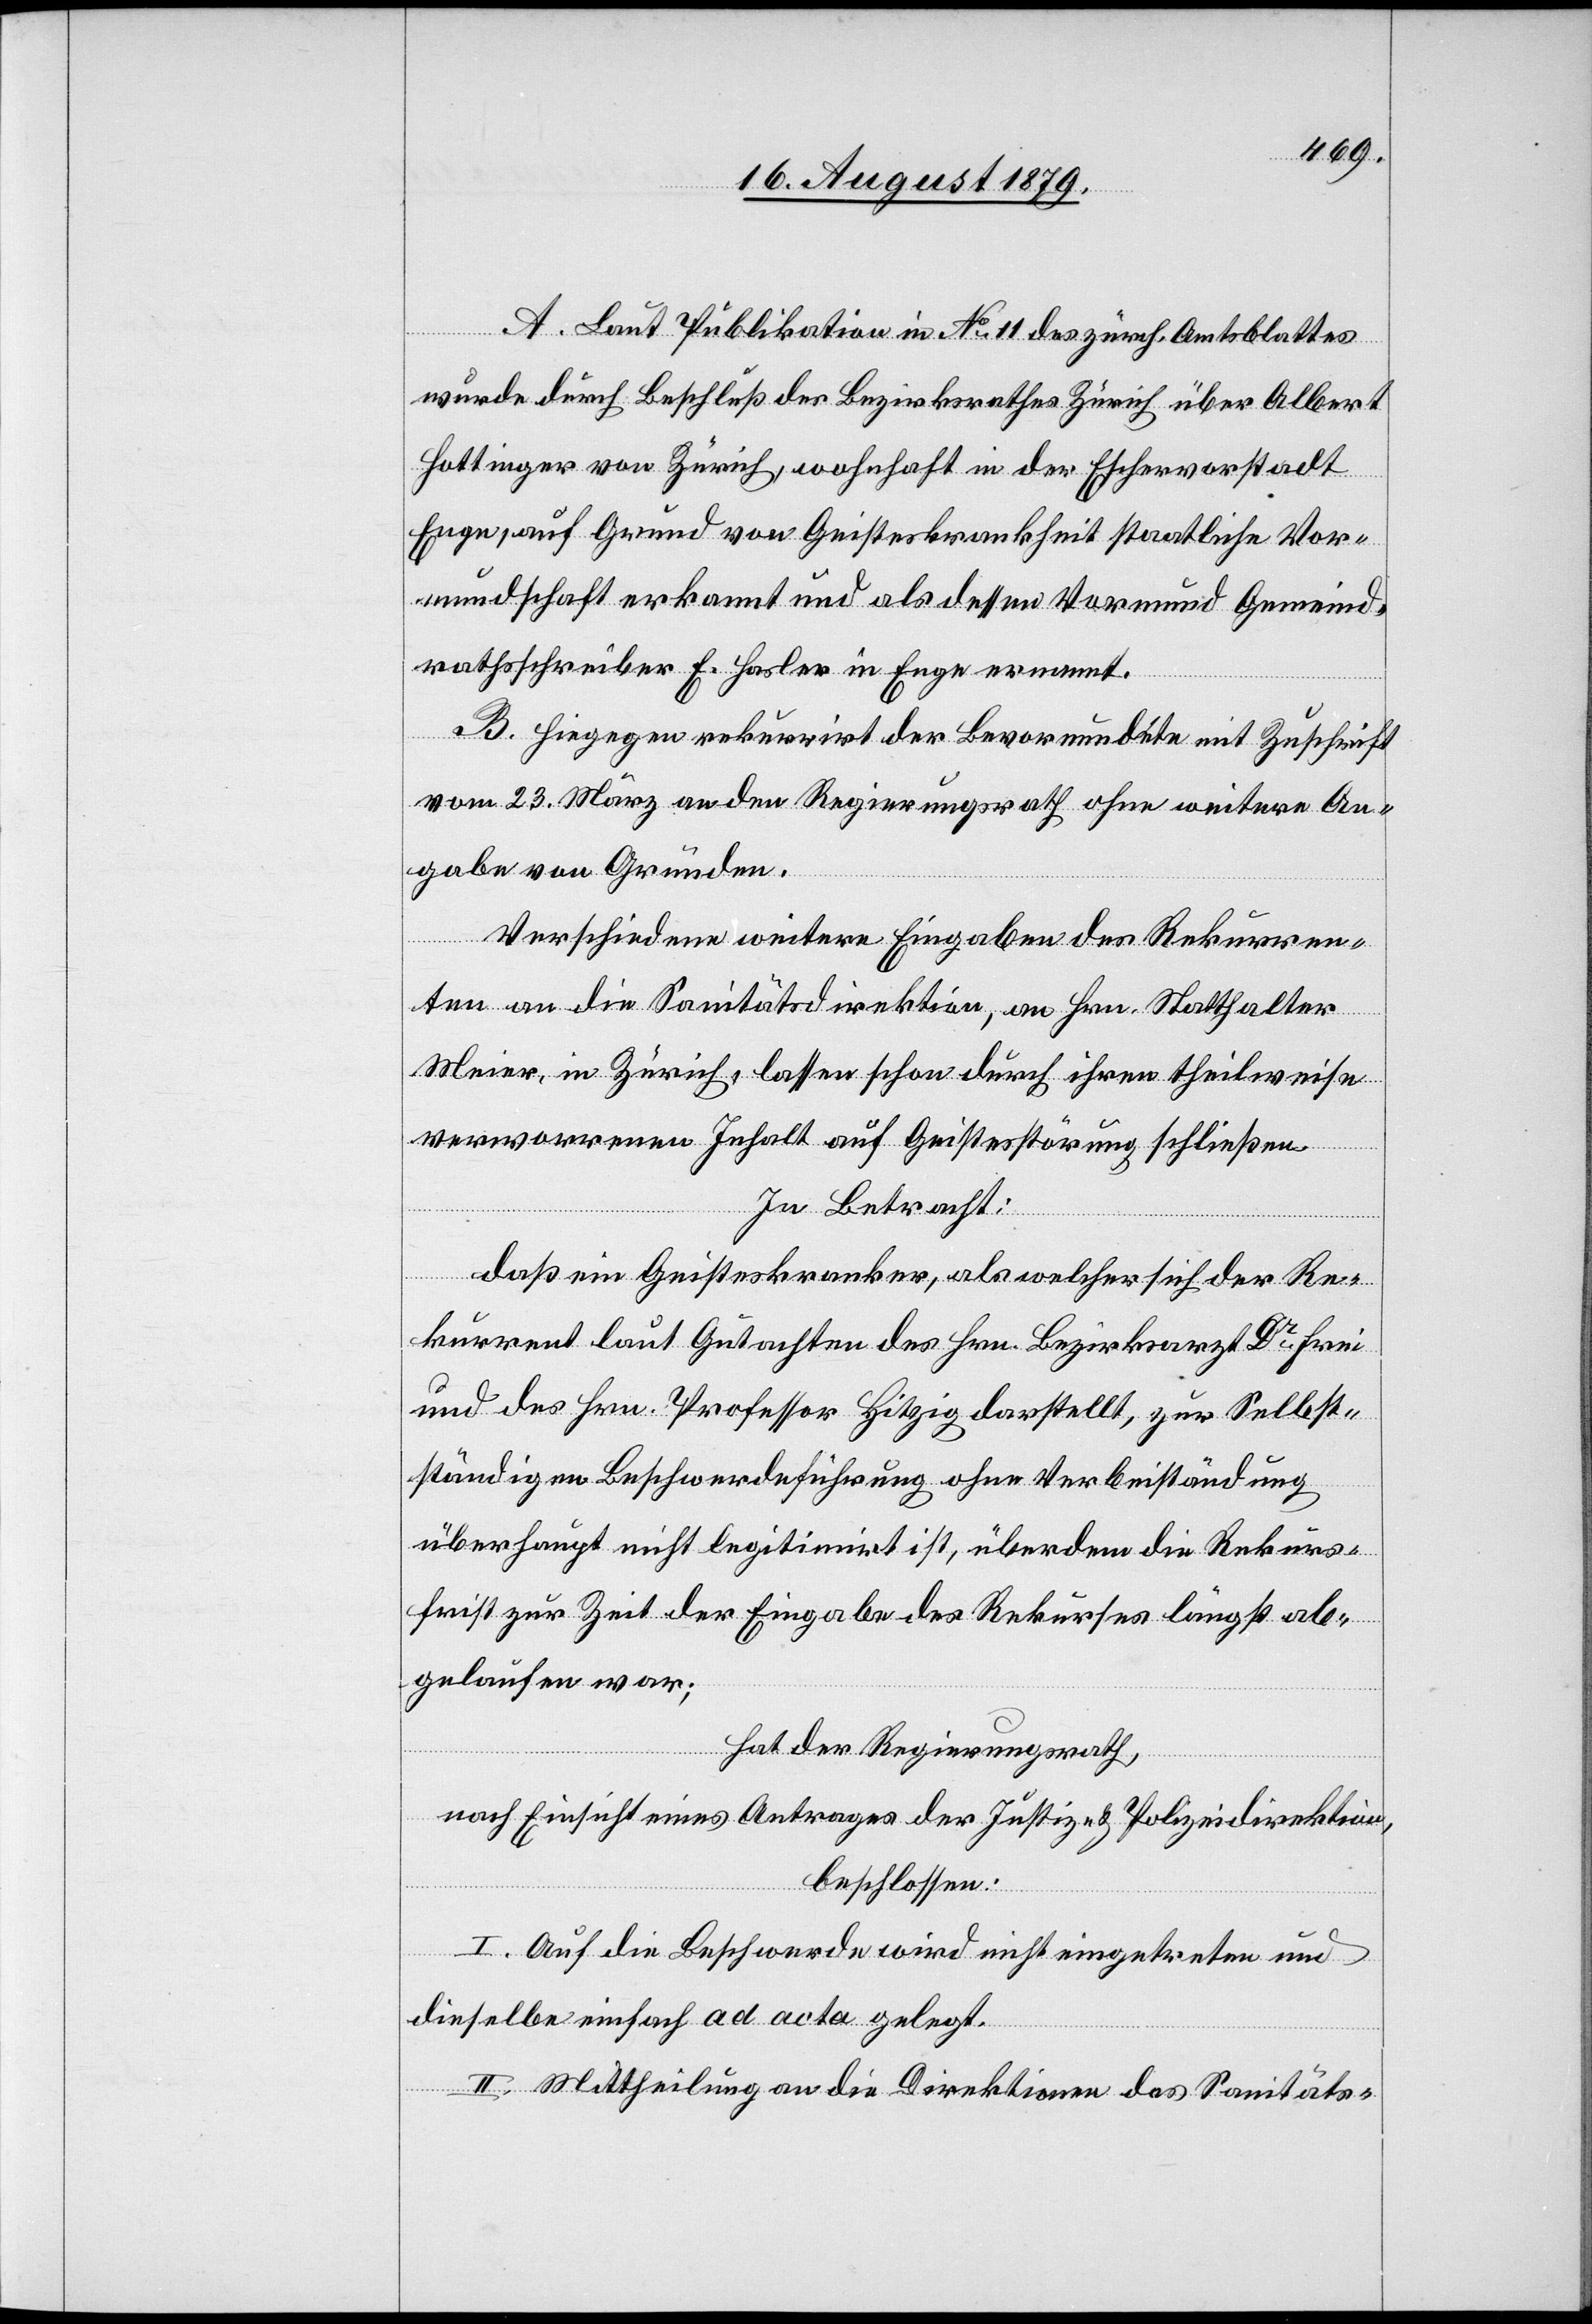
A. Laut Publikation in No 11 des zürch. Amtsblattes
wurde durch Beschluß des Bezirksrathes Zürich über Albert
Hottinger von Zürich, wohnhaft in der Eschervorstadt
Enge, auf Grund von Geisteskrankheit staatliche Vor¬
mundschaft erkannt und als dessen Vormund Gemeind¬
rathsschreiber E. Hasler in Enge ernannt.
B. Hiegegen rekurrirt der Bevormundete mit Zuschrift
vom 23. März an den Regierungsrath ohne weitere An¬
gabe von Gründen.
Verschiedene weitere Eingaben des Rekurren¬
ten an die Sanitätsdirektion, an Hrn. Statthalter
Meier, in Zürich, lassen schon durch ihren theilweise
verworrenen Inhalt auf Geistesstörung schließen.
In Betracht:
daß ein Geisteskranker, als welcher sich der Re¬
kurrent laut Gutachten des Hrn. Bezirksarzt Dr Frei
und des Hrn. Professor Hitzig darstellt, zur Selbst¬
ständigen Beschwerdeführung ohne Verbeiständung
überhaupt nicht legitimirt ist, überdem die Rekurs¬
frist zur Zeit der Eingabe des Rekurses längst ab¬
gelaufen war;
hat der Regierungsrath,
nach Einsicht eines Antrages der Justiz- & Polizeidirektion,
beschlossen:
I. Auf die Beschwerde wird nicht eingetreten und
dieselbe einfach ad acta gelegt.
II. Mittheilung an die Direktionen des Sanitäts-